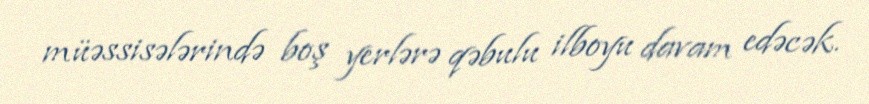
müəssisələrində boş yerlərə qəbulu ilboyu davam edəcək.